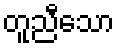
တူညီသော